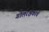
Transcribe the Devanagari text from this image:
गोलरक्षकाचे